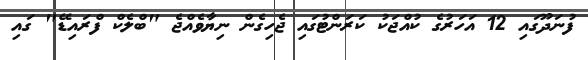
ފުނަދޫގައި 12 އަހަރުގެ ކުއްޖަކު ކަރަންޓުގައި ޖެހިގެން ނިޔާވެއްޖެ "ބްލެކް ފްރައިޑޭ" ގައި